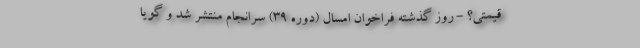
قیمتی؟ - روز گذشته فراخوان امسال (دوره 39) سرانجام منتشر شد و گویا